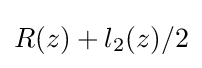
R(z)+l_{2}(z)/2